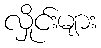
လှိုင်းများ